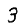
Digit: 3